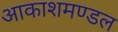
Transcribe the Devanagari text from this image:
आकाशमण्डल